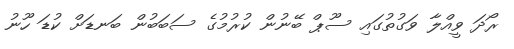
ރޯދަ ވީއްލާ ވަގުތުގައި ސޫޕް ބޭނުން ކުރުމުގެ ސަބަބުން ބަނޑަށް ކުޑަ ހޫނު